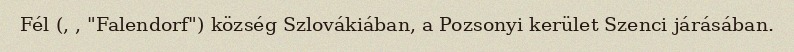
Fél (, , "Falendorf") község Szlovákiában, a Pozsonyi kerület Szenci járásában.